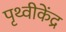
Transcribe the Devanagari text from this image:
पृथ्वीकेंद्र